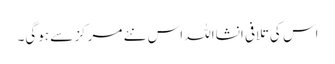
اس کی تلافی انشااللہ اس نئے مرکز سے ہوگی۔